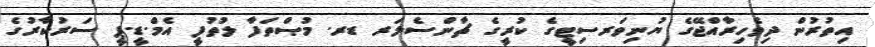
އިތުރުން ދިވެހިރާއްޖޭގެ ޔުނިވަރސިޓީގެ ކުރީގެ ޗާންސެލަރ ޑރ. މުޞްތަފާ ލުތުފީ އެމް.ޑީ.ޕީ ސަރުކާރުގެ